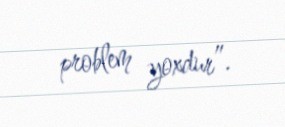
problem yoxdur”.